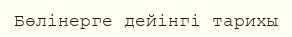
Бөлінерге дейінгі тарихы